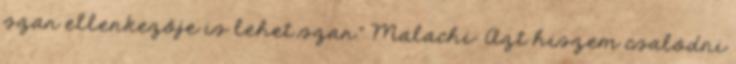
szar ellenkezője is lehet szar." Malachi: Azt hiszem csalódni